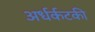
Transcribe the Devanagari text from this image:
अर्धर्कटकी